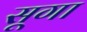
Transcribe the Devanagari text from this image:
सूगा